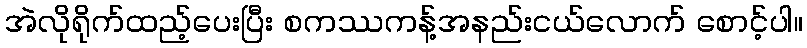
အဲလိုရိုက်ထည့်ပေးပြီး စကဿကန့်အနည်းငယ်လောက် စောင့်ပါ။